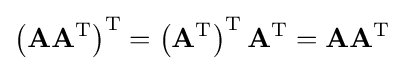
\left(\mathbf {A} \mathbf {A} ^{\text{T}}\right)^{\text{T}}=\left(\mathbf {A} ^{\text{T}}\right)^{\text{T}}\mathbf {A} ^{\text{T}}=\mathbf {A} \mathbf {A} ^{\text{T}}